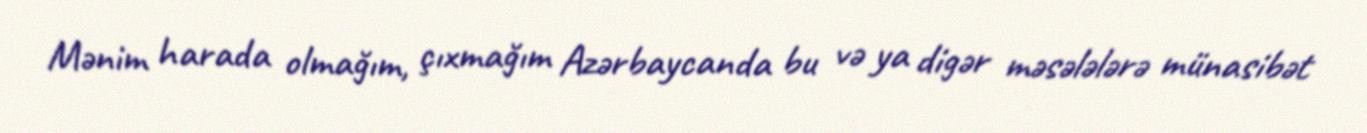
Mənim harada olmağım, çıxmağım Azərbaycanda bu və ya digər məsələlərə münasibət